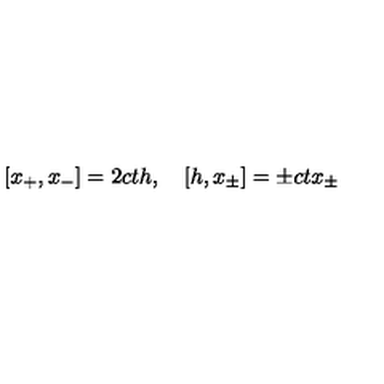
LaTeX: [ x _ { + } , x _ { - } ] = 2 c t h , \quad [ h , x _ { \pm } ] = \pm c t x _ { \pm }